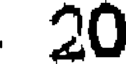
20